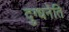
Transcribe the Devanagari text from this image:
दुग्धनेति